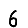
Digit: 6